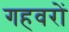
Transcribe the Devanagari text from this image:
गहवरों